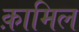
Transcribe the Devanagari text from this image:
क़ामिल